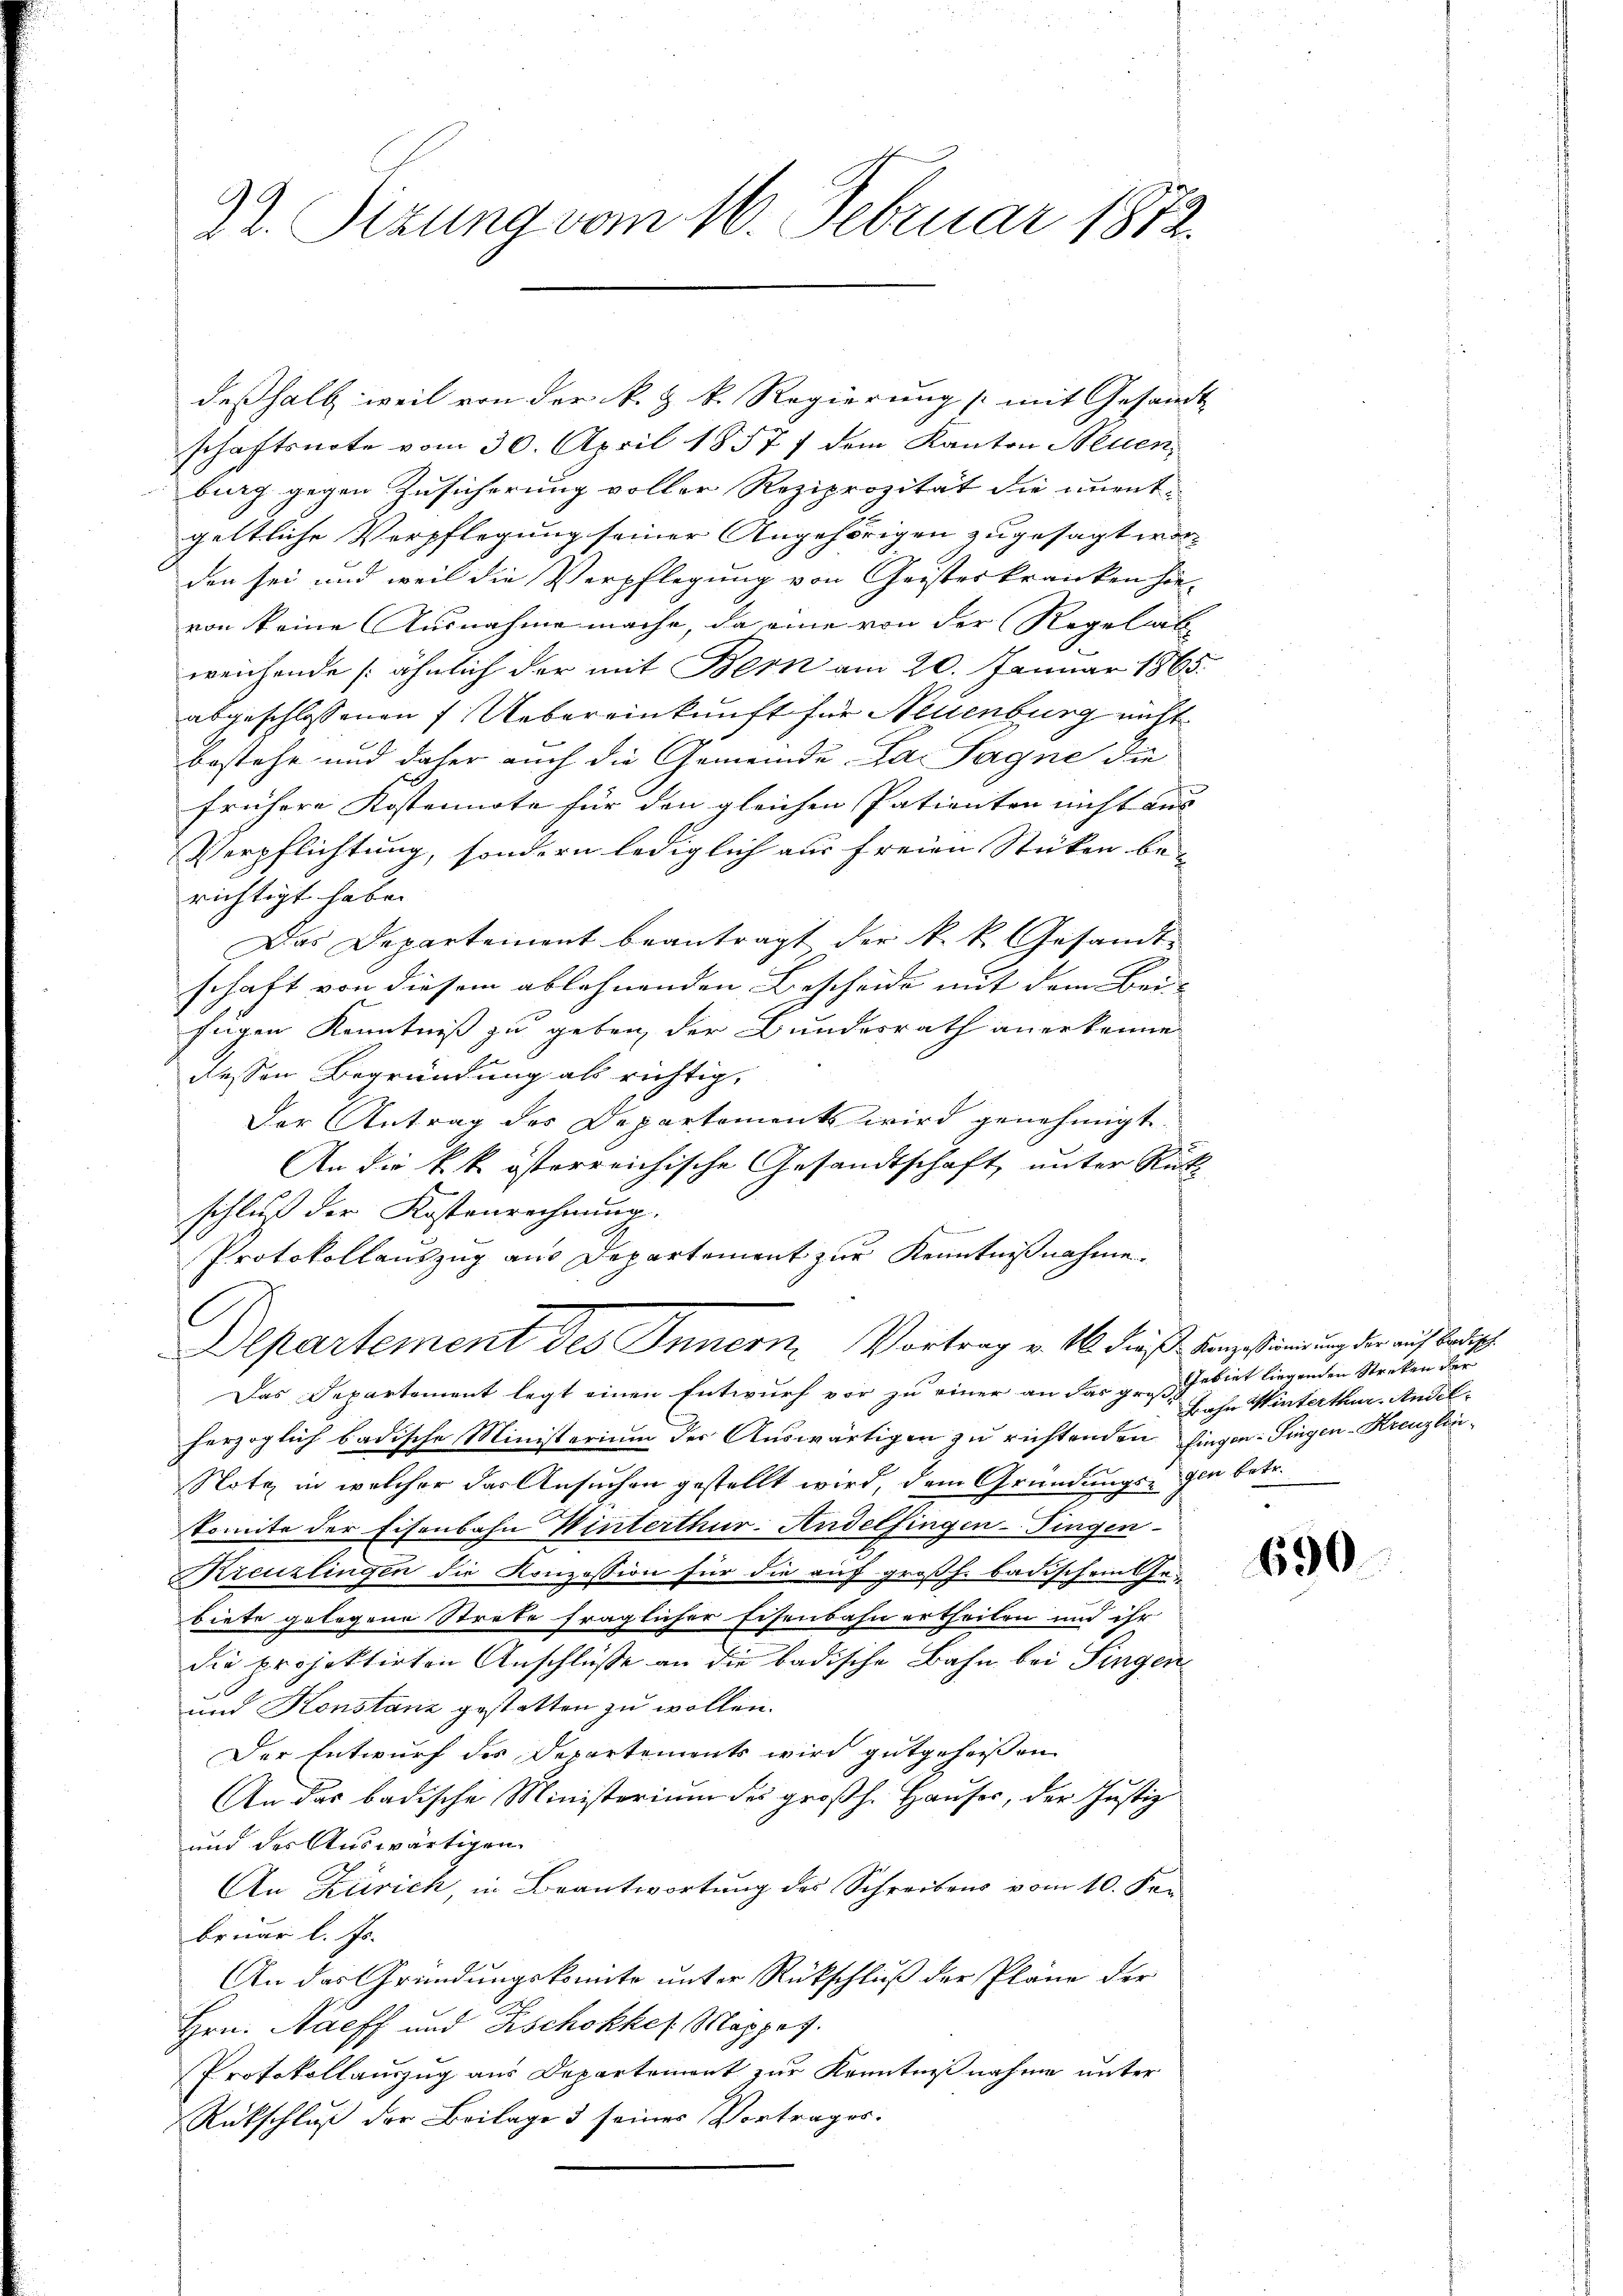
9
22. Sizung vom 16. Februar 1872.

deßhalb weil von der k. k. k. Regierung mit Gesandt
schaftsnote vom 30. April 1857 / dem Kanton Neuen,
burg gegen Zusicherung voller Reziprozität die unent-
geltliche Verpflegung seiner Angehörigen zugesagt worden sei und weil die Verpflegung von Geisterkranken hie-
von keine Ausnahme mache, da eine von der Regelit
weichende (ähnlich der mit Bern am 20. Januar 1865.
abgeschlossenen f. Uebereinkunft für Neuenburg nicht
bestehe und daher auch die Gemeinde Par Sagne die
frühere Kostennote für den gleichen Patienten nicht aus
Verpflichtung, sondern lediglich aus freien Stücken be- |
richtigt habe.
Das Departement beantragt der k. k. Gesandt-
schaft von diesem ablehnenden Bescheide mit dem Bei-
fugen Kenntniß zu geben der Bundesrath anerkenne
dessen Begründung als richtig,
Der Antrag des Departements wird genehmigt
An die k. k. österreichische Gesandtschaft, unter Rück-
schluß der Kostenrechnung.
Protokollauszug aus Departement zur Kenntnißnahme.
.
Departement des Innern. Vortrag v. 16. dieß Konzestimmung der auf Badische
Das Departement legt einen Entwurf vor zu einer an das gros Gebiet liegenden Streken der
herzoglich badische Ministerium der Auswärtigen zu richtenden Eingen: Singen-Kreuzlin¬
Notz in welcher das Ansuchen gestellt wird, dem Gründungs- den betr.
komite der Eisenbahn Winterthur. Andelfingen-Fingen-
Kreuzlingen die Konzession für die auf großh. badischen Gebiete gelegene Streke fraglicher Eisenbahn ertheilen und ihr
die projektirten Anschlüße an die badische Bahn bei Singen¬
und Konstanz gestatten zu wollen.
Der Entwurf des Departements wird gutgeheissen
An das badische Ministerium des großh. Hauser, der Justiz
und des Auswärtigen
An Zürich, in Beantwortung des Schreibens vom 10. Fen
bruar l. Js.
An das Gründungskomite unter Rückschluß der Pläne der
Hrn. Haeff und Fischokkel Mappes.
Protokollauszug aus Departement zur Kenntnißnahme unter
Rückschluß der Beilage 3 seiner Vortrages.

Bahn Winterthur. Andel

690.